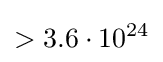
>3.6\cdot 10^{24}